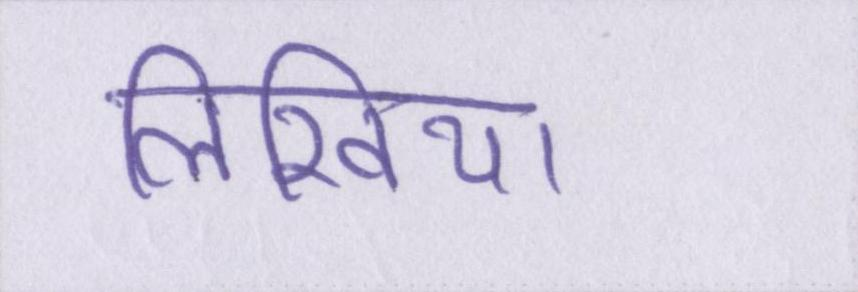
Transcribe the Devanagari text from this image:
लिखिया